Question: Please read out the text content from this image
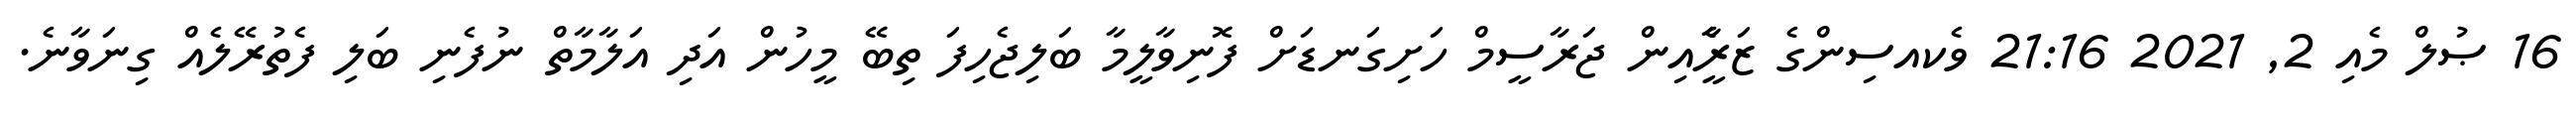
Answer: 16 ޞުލް މެއި 2, 2021 21:16 ވެކއސިންގެ ޒަރީެާއިން ޖަރާސީމް ހަށިގަނޑަށް ފޮނިވާލީމާ ބަލިޖެހިފަ ތިބޭ މީހުން އަދި އަލާމާތް ނުފެނި ބަލި ފެތުރޭލެއް ގިނަވާނެ.